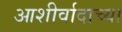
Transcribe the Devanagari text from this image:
आशीर्वादाच्या